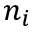
n _ { i }